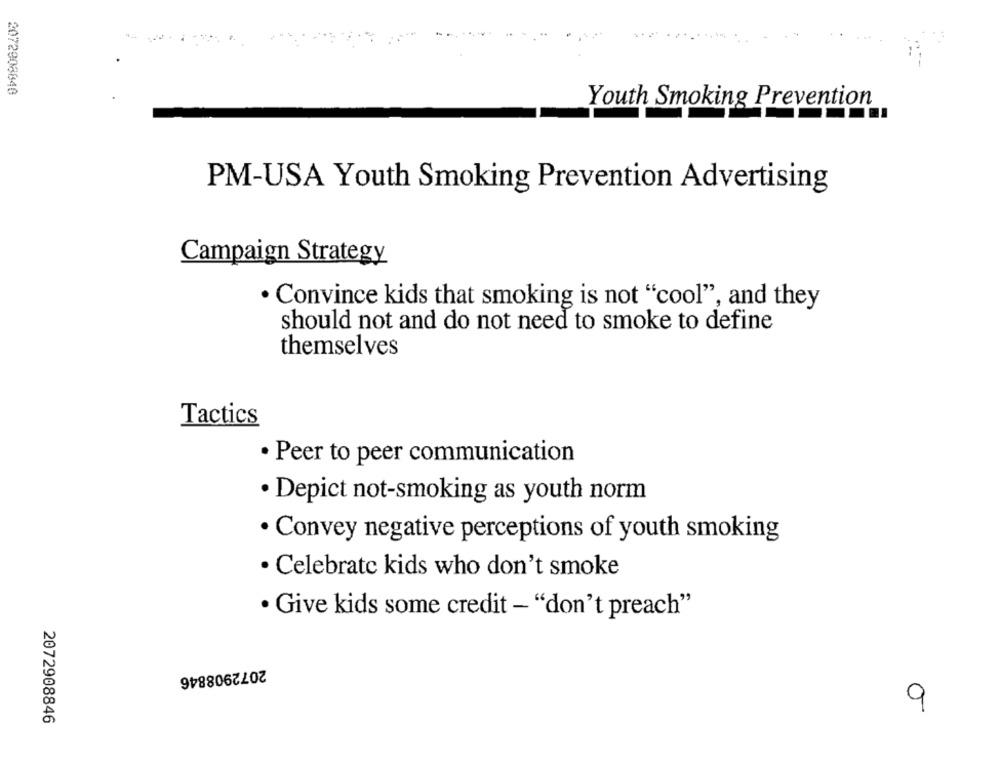
-
2072908848
Youth Smoking Prevention
PM-USA Youth Smoking Prevention Advertising
Campaign Strategy
· Convince kids that smoking is not "cool", and they
should not and do not need to smoke to define
themselves
Tactics
· Peer to peer communication
· Depict not-smoking as youth norm
· Convey negative perceptions of youth smoking
· Celebrate kids who don't smoke
· Give kids some credit - "don't preach"
2072908846
9
2072908846